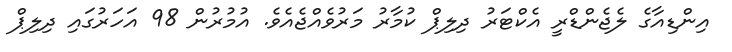
އިންޑިއާގެ ލެޖެންޑްރީ އެކްޓަރު ދިލިޕް ކުމާރު މަރުވެއްޖެއެވެ. އުމުރުން 98 އަހަރުގައި ދިލިޕް